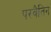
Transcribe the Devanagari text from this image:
परवैतिन